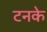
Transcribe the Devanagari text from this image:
टनके